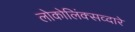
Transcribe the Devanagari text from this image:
लोकोलिंक्सव्दारे